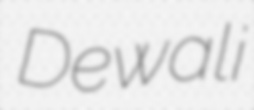
Dewali